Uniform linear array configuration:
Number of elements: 8
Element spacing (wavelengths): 0.25
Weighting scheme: exponential
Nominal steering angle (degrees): -15
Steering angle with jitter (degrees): -16.824
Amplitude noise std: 0.05
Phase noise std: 0.05

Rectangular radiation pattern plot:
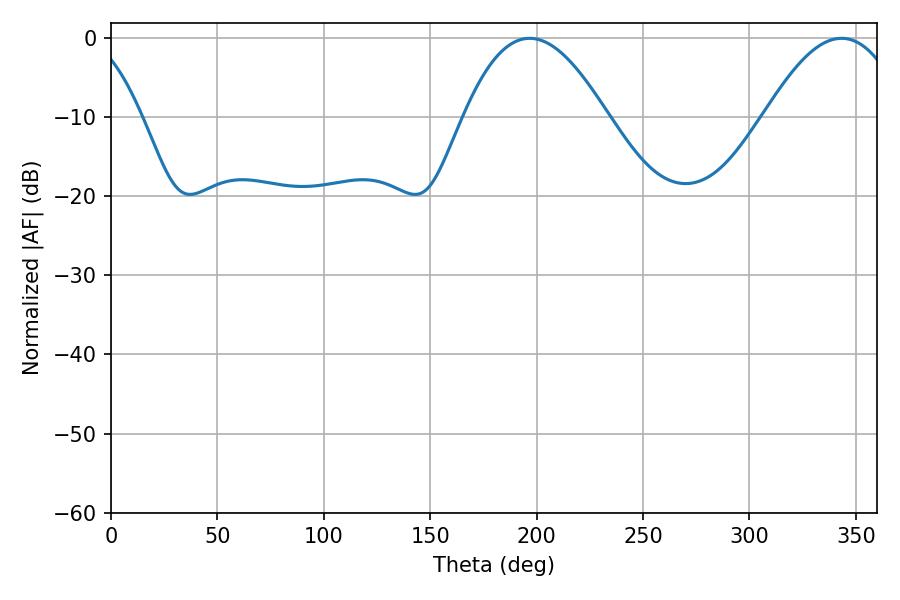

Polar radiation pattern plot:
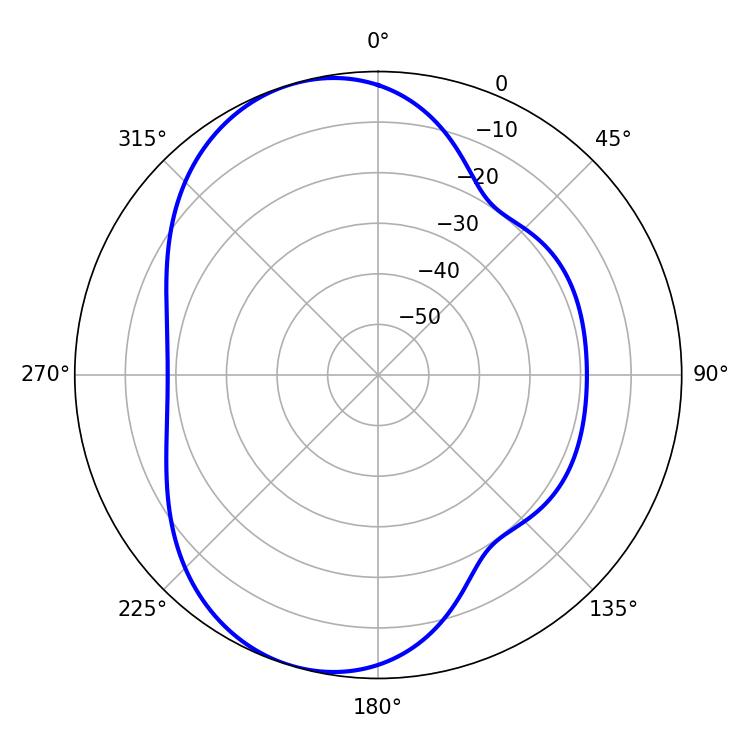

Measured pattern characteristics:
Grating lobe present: FALSE
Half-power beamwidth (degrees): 36.9
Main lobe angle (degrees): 196.74